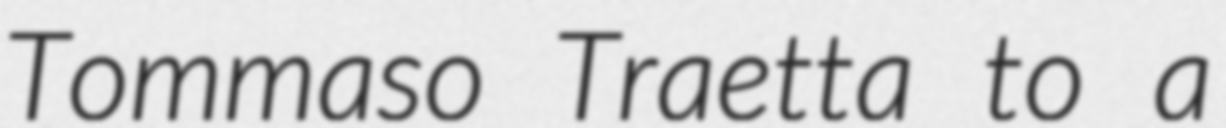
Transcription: Tommaso Traetta to a